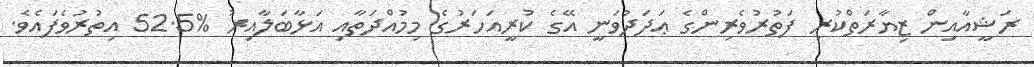
ރަޝީއާއިން ޒިޔާރަތްކުރި ފަތުރުވެރިންގެ ޢަދަދުވަނީ އޭގެ ކުރީއަހަރުގެ މިމުއްދަތާއި އަޅާބަލާއިރު %52.5 އިތުރުވެފައެވެ.